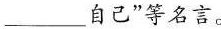
___自己”等名言。